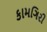
કામગિરી